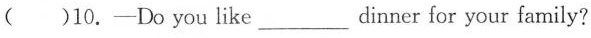
( )10.-Do you like___dinner for your family?